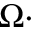
\Omega \cdot